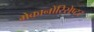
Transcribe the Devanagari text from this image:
मेकानोरिसेप्टर